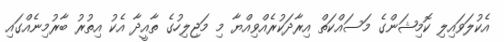
އެކުލަވައިލި ކޮމިޝަންގެ މަސައްކަތް އިރާދަކުރެއްވިއްޔާ މި މަޖިލިހުގެ ތާއީދާ އެކު އިތުރު ބާރުމިނެއްގައި